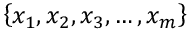
\left\{ x _ { 1 } , x _ { 2 } , x _ { 3 } , \dots , x _ { m } \right\}